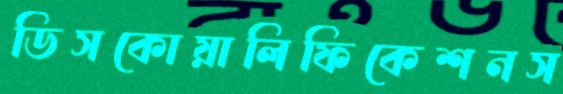
ডিসকোয়ালিফিকেশনস